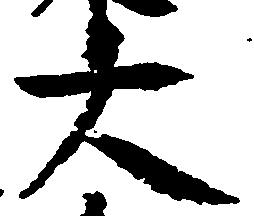
大